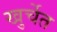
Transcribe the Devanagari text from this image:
खुर्चेत